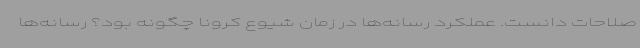
صلاحات دانست. عملکرد رسانه‌ها در زمان شیوع کرونا چگونه بود؟ رسانه‌ها